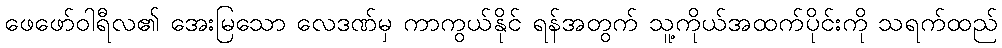
ဖေဖော်ဝါရီလ၏ အေးမြသော လေဒဏ်မှ ကာကွယ်နိုင် ရန်အတွက် သူ့ကိုယ်အထက်ပိုင်းကို သရက်ထည်